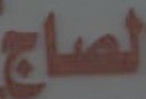
الصاج